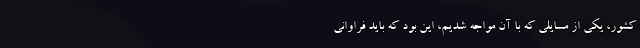
کشور، یکی از مسایلی که با آن مواجه شدیم، این بود که باید فراوانی